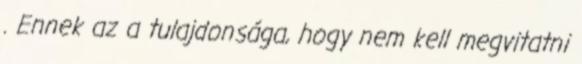
. Ennek az a tulajdonsága, hogy nem kell megvitatni